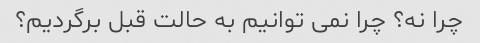
چرا نه؟ چرا نمی توانیم به حالت قبل برگردیم؟